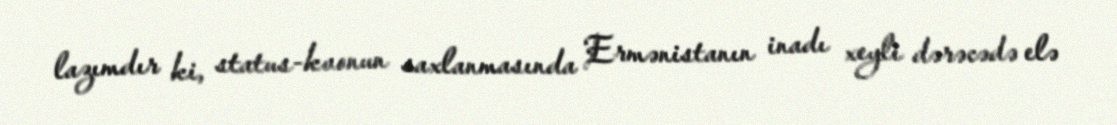
lazımdır ki, status-kvonun saxlanmasında Ermənistanın inadı xeyli dərəcədə elə